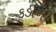
કડીની